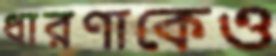
ধারণাকেও